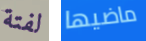
لفتة ماضيها